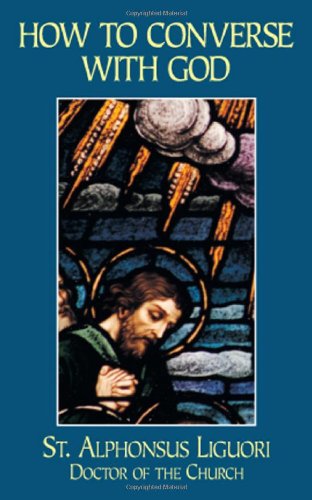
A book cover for How to Converse with God; Liguori; Christian Books & Bibles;